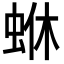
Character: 𮔄